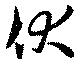
伏